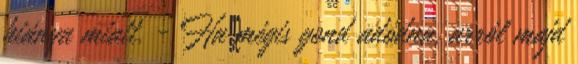
hiánya miatt. - Ha mégis gond adódna, arról majd